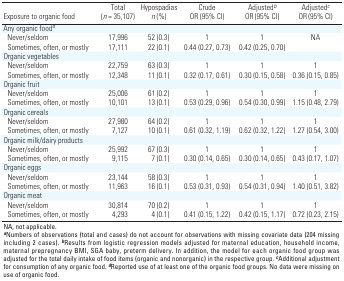
<table><thead><tr><td><b>Exposure to organic food</b></td><td><b>Total (<i>n </i>= 35,107)</b></td><td><b>Hypospadias <i>n</i> (%)</b></td><td><b>Crude OR (95% CI)</b></td><td><b>Adjusted<sup><i>b </i></sup>OR (95% CI)</b></td><td><b>Adjusted<sup><i>c </i></sup>OR (95% CI)</b></td></tr></thead><tbody><tr><td><b>Any organic food<sup><i>d</i></sup></b></td></tr><tr><td><b>Never/seldom</b></td><td>17,996</td><td>52 (0.3)</td><td>1</td><td>1</td><td>NA</td></tr><tr><td><b>Sometimes, often, or mostly</b></td><td>17,111</td><td>22 (0.1)</td><td>0.44 (0.27, 0.73)</td><td>0.42 (0.25, 0.70)</td></tr><tr><td><b>Organic vegetables</b></td></tr><tr><td><b>Never/seldom</b></td><td>22,759</td><td>63 (0.3)</td><td>1</td><td>1</td><td>1</td></tr><tr><td><b>Sometimes, often, or mostly</b></td><td>12,348 </td><td>11 (0.1)</td><td>0.32 (0.17, 0.61)</td><td>0.30 (0.15, 0.58)</td><td>0.36 (0.15, 0.85)</td></tr><tr><td><b>Organic fruit</b></td></tr><tr><td><b>Never/seldom</b></td><td>25,006</td><td>61 (0.2)</td><td>1</td><td>1</td><td>1</td></tr><tr><td><b>Sometimes, often, or mostly</b></td><td>10,101</td><td>13 (0.1)</td><td>0.53 (0.29, 0.96)</td><td>0.54 (0.30, 0.99)</td><td>1.15 (0.48, 2.79)</td></tr><tr><td><b>Organic cereals</b></td></tr><tr><td><b>Never/seldom</b></td><td>27,980</td><td>64 (0.2)</td><td>1</td><td>1</td><td>1</td></tr><tr><td><b>Sometimes, often, or mostly</b></td><td>7,127</td><td>10 (0.1)</td><td>0.61 (0.32, 1.19)</td><td>0.62 (0.32, 1.22)</td><td>1.27 (0.54, 3.00)</td></tr><tr><td><b>Organic milk/dairy products</b></td></tr><tr><td><b>Never/seldom</b></td><td>25,992</td><td>67 (0.3)</td><td>1</td><td>1</td><td>1</td></tr><tr><td><b>Sometimes, often, or mostly</b></td><td>9,115</td><td>7 (0.1)</td><td>0.30 (0.14, 0.65)</td><td>0.30 (0.14, 0.65)</td><td>0.43 (0.17, 1.07)</td></tr><tr><td><b>Organic eggs</b></td></tr><tr><td><b>Never/seldom</b></td><td>23,144</td><td>58 (0.3)</td><td>1</td><td>1</td><td>1</td></tr><tr><td><b>Sometimes, often, or mostly</b></td><td>11,963</td><td>16 (0.1)</td><td>0.53 (0.31, 0.93)</td><td>0.54 (0.31, 0.94)</td><td>1.40 (0.51, 3.82)</td></tr><tr><td><b>Organic meat</b></td></tr><tr><td><b>Never/seldom</b></td><td>30,814</td><td>70 (0.2)</td><td>1</td><td>1</td><td>1</td></tr><tr><td><b>Sometimes, often, or mostly</b></td><td>4,293</td><td>4 (0.1)</td><td>0.41 (0.15, 1.22)</td><td>0.42 (0.15, 1.17)</td><td>0.72 (0.23, 2.15)</td></tr><tr><td colspan="6">NA, not applicable. <sup><i><b>a</b></i></sup>Numbers of observations (total and cases) do not account for observations with missing covariate data (204 missing including 2 cases). <sup><i><b>b</b></i></sup>Results from logistic regression models adjusted for maternal education, household income, maternal prepregnancy BMI, SGA baby, preterm delivery. In addition, the model for each organic food group was adjusted for the total daily intake of food items (organic and nonorganic) in the respective group. <sup><i><b>c</b></i></sup>Additional adjustment for consumption of any organic food. <sup><i><b>d</b></i></sup>Reported use of at least one of the organic food groups. No data were missing on use of organic food. </td></tr></tbody></table>